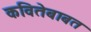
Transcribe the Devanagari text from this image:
कवितेबाबत